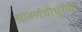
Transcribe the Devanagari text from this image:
सावर्णचौधुरीयों